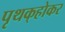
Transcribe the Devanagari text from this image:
पृथक्‌होकर